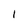
Character: 1